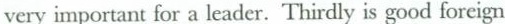
This is very important for a leader. Thirdly is good foreign